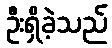
ဦးရှိခဲ့သည်